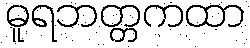
ဓူရဘတ္တကထာ